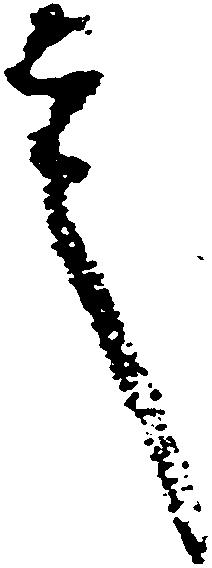
言